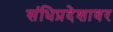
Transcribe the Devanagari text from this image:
संधिप्रदेशावर